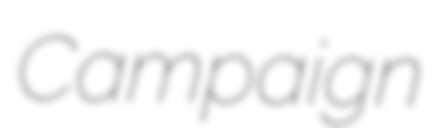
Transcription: Campaign